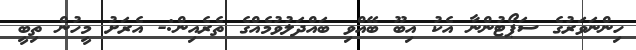
ހިންނަވަރުގެ ސަޕޯޓުންނާ އެކު އިބޫ ބޭއްވި ބައްދަލުވުމެއްގެ ތެރެއިން:- އެރަށު މީހުން ތިބީ